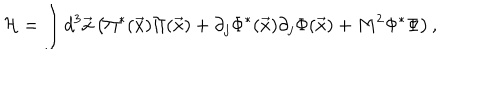
{ \cal H } = \int d ^ { 3 } { \vec { x } } \left( \Pi ^ { * } ( { \vec { x } } ) \Pi ( { \vec { x } } ) + \partial _ { j } \Phi ^ { * } ( { \vec { x } } ) \partial _ { j } \Phi ( { \vec { x } } ) + M ^ { 2 } \Phi ^ { * } \Phi \right) ,